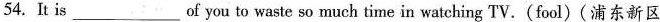
54.It is___of you to waste so much time in watching TV.(fool)(浦东新区